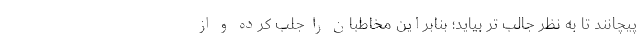
پیچانند تا به نظر جالب تر بیاید؛ بنابراین مخاطبان را جلب کرده و از